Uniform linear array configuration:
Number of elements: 8
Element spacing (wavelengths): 0.5
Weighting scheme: kaiser
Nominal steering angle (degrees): -45
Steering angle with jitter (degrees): -43.53
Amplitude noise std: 0.05
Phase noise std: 0.05

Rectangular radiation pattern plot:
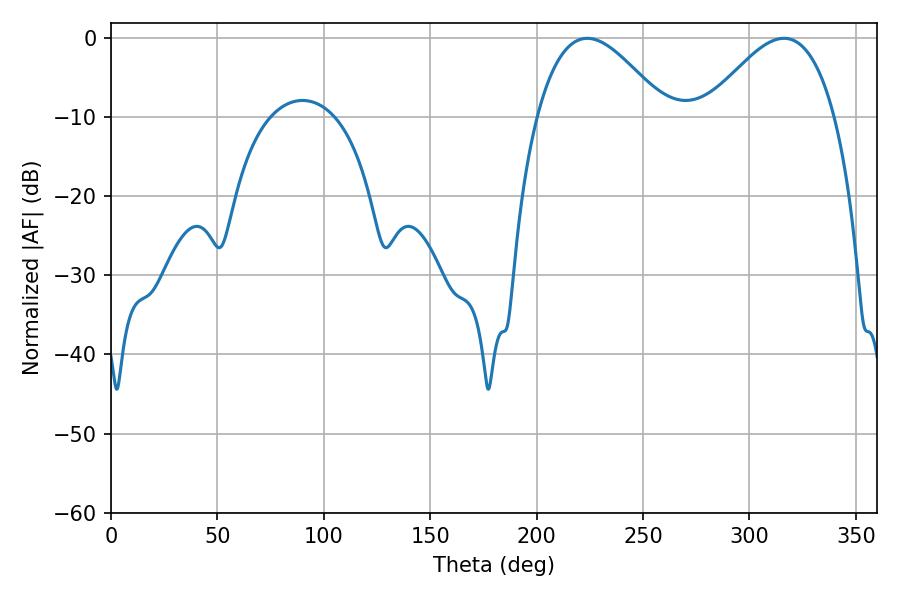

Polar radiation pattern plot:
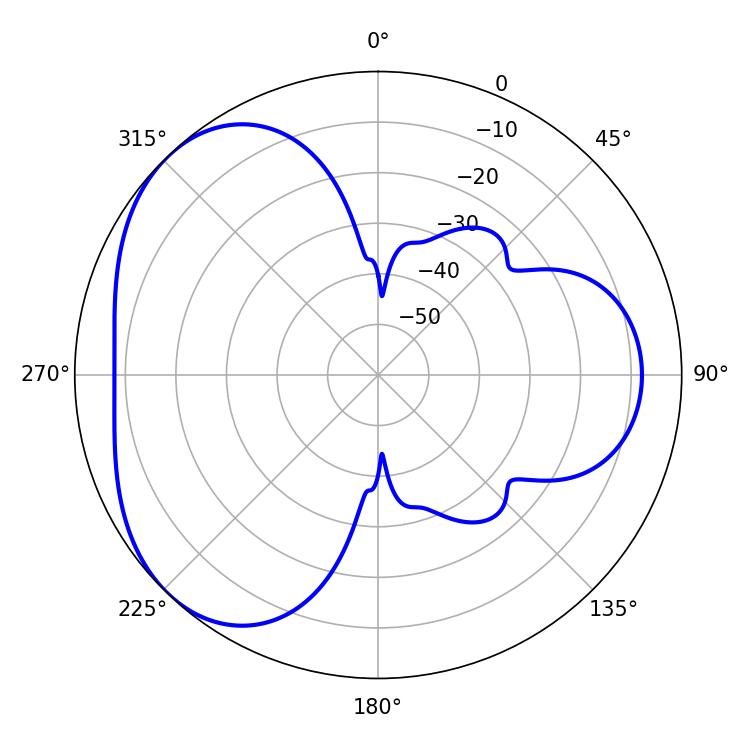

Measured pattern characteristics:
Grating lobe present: FALSE
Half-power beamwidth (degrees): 32.76
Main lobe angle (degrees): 223.74